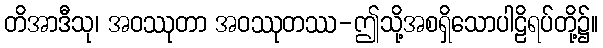
တိအာဒီသု၊ အဝဿုတာ အဝဿုတဿ-ဤသို့အစရှိသောပါဠိရပ်တို့၌။